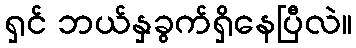
ရှင် ဘယ်နှခွက်ရှိနေပြီလဲ။